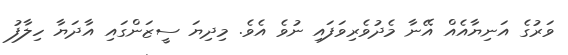
ވަރުގެ އަނިޔާއެއް އޭނާ މެދުވެރިވަފައި ނުވެ އެވެ. މިދިޔަ ސީޒަންގައި އާދަޔާ ހިލާފު